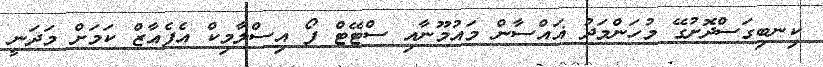
ކިނބިގަސްދޮށުގޭ މުހަންމަދު ޣައްސާން މައުމޫނާއި ސްޓޭޓް ފޯ އިސްލާމިކް އެފެއާޒް ކަމަށް މަދަނީ